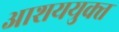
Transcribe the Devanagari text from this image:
आशययुक्‍त